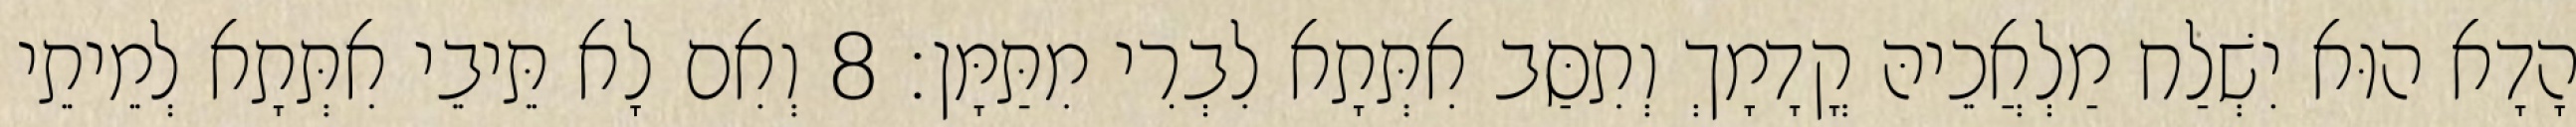
הָדָא הוּא יִשְׁלַח מַלְאֲכֵיהּ קֳדָמָךְ וְתִסַּב אִתְּתָא לִבְרִי מִתַּמָּן׃ 8 וְאִם לָא תֵּיבֵי אִתְּתָא לְמֵיתֵי